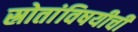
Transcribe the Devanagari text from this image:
स्रोतांविषयीची